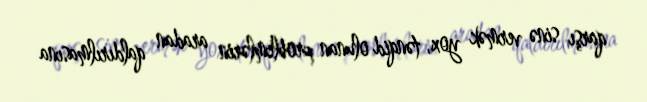
qarşı sinə vermək yox, tənqid olunan problemlərin aradan qaldırılmasına